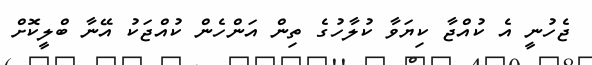
ޖެހުނީ އެ ކުއްޖާ ކިޔަވާ ކުލާހުގެ ތިން އަންހެން ކުއްޖަކު އޭނާ ބްލީކޮށް